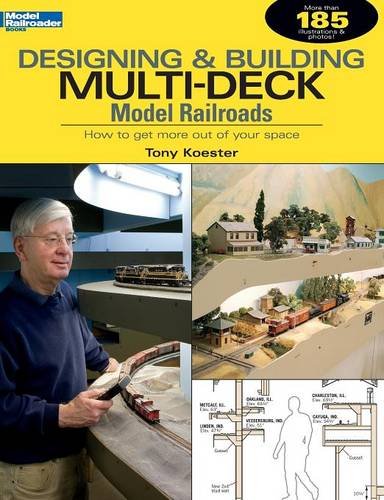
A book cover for Designing & Building Multi-Deck Model Railroads (Model Railroader); Tony Koester; Crafts, Hobbies & Home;